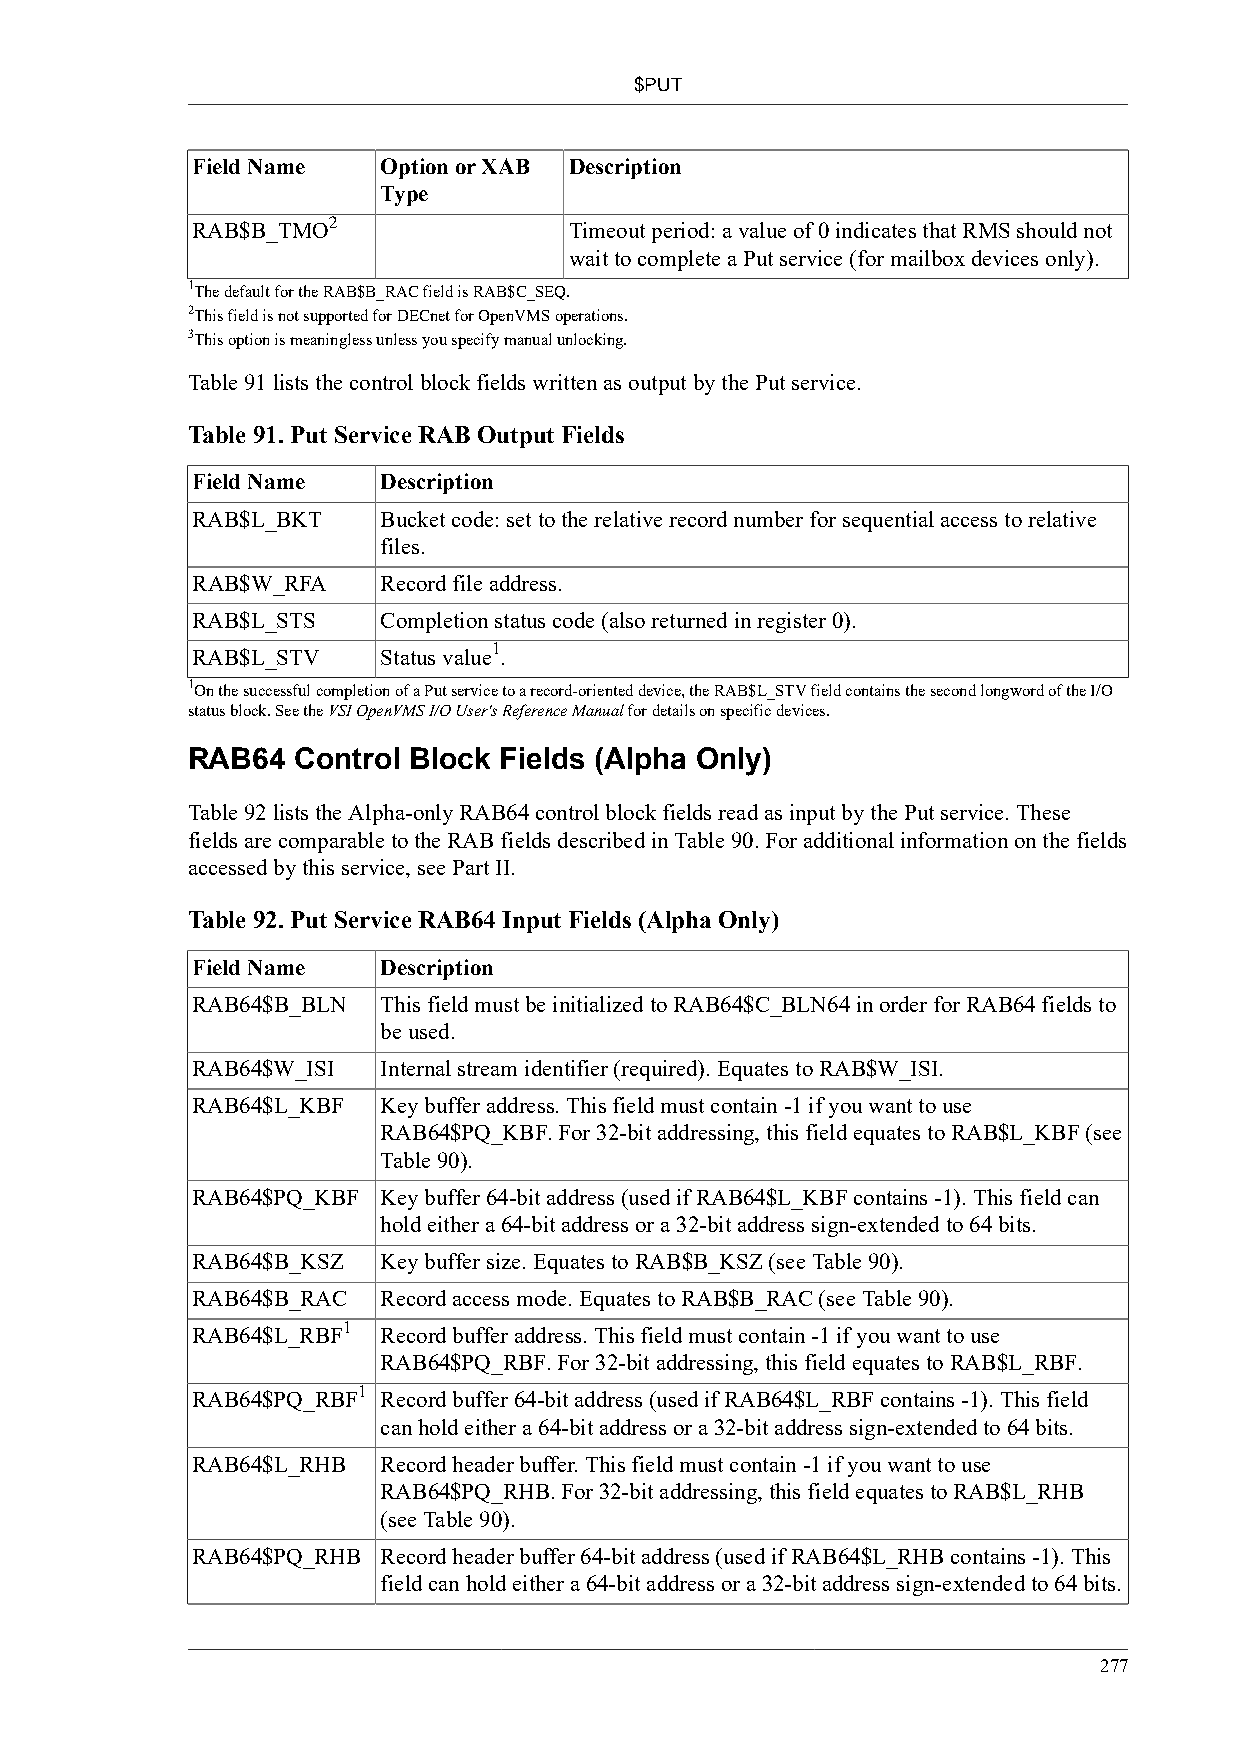
$PUT
 Field Name  Option or XAB Description
 Type
 2
 RAB$B_TMO                Timeout period: a value of 0 indicates that RMS should not
 wait to complete a Put service (for mailbox devices only).
 1The default for the RAB$B_RAC field is RAB$C_SEQ.
 2This field is not supported for DECnet for OpenVMS operations.
 3This option is meaningless unless you specify manual unlocking.
 Table 91 lists the control block fields written as output by the Put service.
 Table 91. Put Service RAB Output Fields
 Field Name  Description
 RAB$L_BKT   Bucket code: set to the relative record number for sequential access to relative
 files.
 RAB$W_RFA   Record file address.
 RAB$L_STS   Completion status code (also returned in register 0).
 1
 RAB$L_STV   Status value .
 1On the successful completion of a Put service to a record-oriented device, the RAB$L_STV field contains the second longword of the I/O
 status block. See the VSI OpenVMS I/O User's Reference Manual for details on specific devices.
 RAB64  Control Block Fields (Alpha Only)
 Table 92 lists the Alpha-only RAB64 control block fields read as input by the Put service. These
 fields are comparable to the RAB fields described in Table 90. For additional information on the fields
 accessed by this service, see Part II.
 Table 92. Put Service RAB64 Input Fields (Alpha Only)
 Field Name  Description
 RAB64$B_BLN This field must be initialized to RAB64$C_BLN64 in order for RAB64 fields to
 be used.
 RAB64$W_ISI Internal stream identifier (required). Equates to RAB$W_ISI.
 RAB64$L_KBF Key buffer address. This field must contain -1 if you want to use
 RAB64$PQ_KBF. For 32-bit addressing, this field equates to RAB$L_KBF (see
 Table 90).
 RAB64$PQ_KBF Key buffer 64-bit address (used if RAB64$L_KBF contains -1). This field can
 hold either a 64-bit address or a 32-bit address sign-extended to 64 bits.
 RAB64$B_KSZ Key buffer size. Equates to RAB$B_KSZ (see Table 90).
 RAB64$B_RAC Record access mode. Equates to RAB$B_RAC (see Table 90).
 1
 RAB64$L_RBF Record buffer address. This field must contain -1 if you want to use
 RAB64$PQ_RBF. For 32-bit addressing, this field equates to RAB$L_RBF.
 1
 RAB64$PQ_RBF Record buffer 64-bit address (used if RAB64$L_RBF contains -1). This field
 can hold either a 64-bit address or a 32-bit address sign-extended to 64 bits.
 RAB64$L_RHB Record header buffer. This field must contain -1 if you want to use
 RAB64$PQ_RHB. For 32-bit addressing, this field equates to RAB$L_RHB
 (see Table 90).
 RAB64$PQ_RHB Record header buffer 64-bit address (used if RAB64$L_RHB contains -1). This
 field can hold either a 64-bit address or a 32-bit address sign-extended to 64 bits.
 277